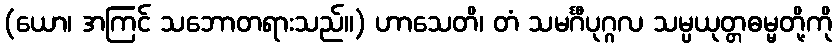
(ယော၊ အကြင် သဘောတရားသည်။) ဟာသေတိ၊ တံ သမင်္ဂီပုဂ္ဂလ သမ္ပယုတ္တဓမ္မတို့ကို